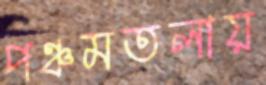
পঞ্চমতলায়